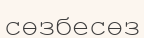
сөзбесөз